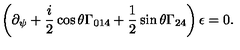
\left( \partial _ { \psi } + \frac { i } { 2 } \cos \theta \Gamma _ { 0 1 4 } + \frac { 1 } { 2 } \sin \theta \Gamma _ { 2 4 } \right) \epsilon = 0 .